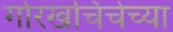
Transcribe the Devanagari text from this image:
गोरखचिंचेच्या